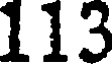
113